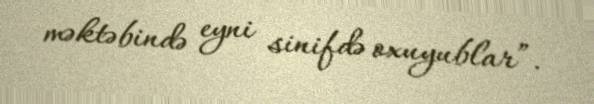
məktəbində eyni sinifdə oxuyublar”.